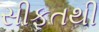
સીફતથી